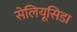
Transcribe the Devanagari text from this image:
सेलियूसिडा